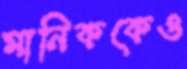
মানিককেও